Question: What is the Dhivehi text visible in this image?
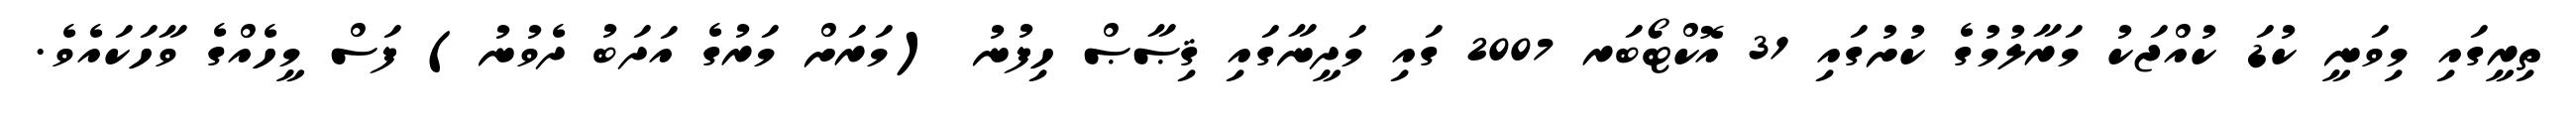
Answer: ތިރީގައި މިވަނީ ކުޑަ ކުއްޖަކު މަރާލުމުގެ ކުށުގައި 31 އޮކްޓޯބަރ 2007 ގައި މަދީނާގައި ޤިޞާޞް ހިފުނު (މަރަށް މަރުގެ އަދަބު ދެވުނު) ފަސް މީހެއްގެ ވާހަކައެވެ.